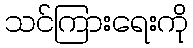
သင်ကြားရေးကို